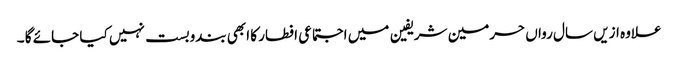
علاوہ ازیں سال رواں حرمین شریفین میں اجتماعی افطار کا ابھی بندوبست نہیں کیا جائے گا ۔